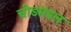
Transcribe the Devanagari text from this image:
चोडमंडल